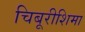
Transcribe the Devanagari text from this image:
चिबूरीशिमा